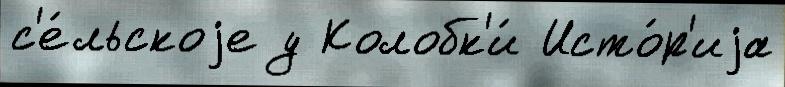
с'е́льскоjе у Колобк'и́ Исто́р'иjа